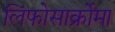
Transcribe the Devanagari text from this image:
लिंफोसार्क्रोमा